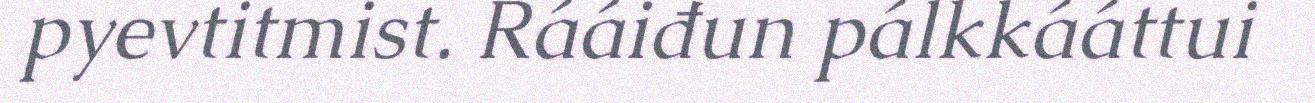
pyevtitmist. Rááiđun pálkkááttui